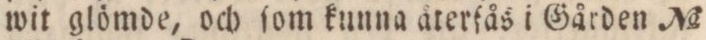
wit glömde, och ſom kunna återfås i Gården No